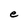
Character: e